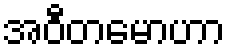
အဝီတမောဟာ